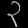
Digit: ၃